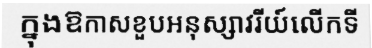
ក្នុងឱកាសខួបអនុស្សាវរីយ៍លើកទី